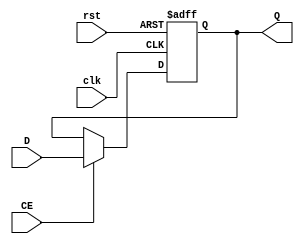
`timescale 1ns / 1ps
//////////////////////////////////////////////////////////////////////////////////
// Company: 
// Engineer: 
// 
// Design Name: 
// Module Name: REG32
// Project Name: 
// Target Devices: 
// Tool Versions: 
// Description: 
// k 
// Dependencies: 
// 
// Revision:
// Revision 0.01 - File Created
// Additional Comments:
// 
//////////////////////////////////////////////////////////////////////////////////


module REG32(
                    input clk,
					input rst,
					input CE,
					input [31:0]D,
					output reg[31:0]Q
					);
					
	always @(posedge clk or posedge rst)
		if (rst==1)  Q <= 32'h00000000;
		else if (CE) Q <= D;

endmodule